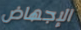
الإجهاض